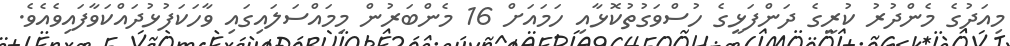
މިއަދުގެ މެންދުރު ކުރީގެ ދަންފަޅީގެ ހުސްވަގުތުކޮޅާއި ހަމައަށް 16 މެންބަރުން މިމައްސަލައިގައި ވާހަކަފުޅުދައްކަވާފައިވެއެވެ.